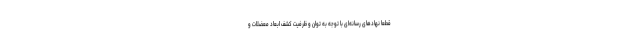
قطعاً نهادهای رسانه‌ای با توجه به توان و ظرفیت کشف ابعاد معضلات و